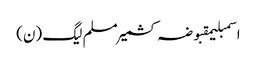
اسمبلیمقبوضہ کشمیرمسلم لیگ (ن)